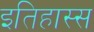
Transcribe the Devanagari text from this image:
इतिहास्स